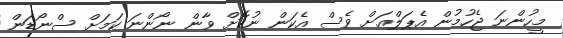
މީހުންނަ ޖެހުމުން އެޕަލްއަށް ވެސް އެކަން ނުކޮށް ވާން ނޯންނަ ކަމަށް ސްނޯޑަން